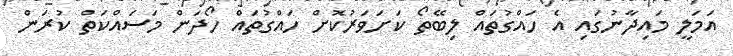
އަމަލީ މައިދާނުގައި އެ ހައްގުތައް ލިބޭތޯ ކަށަވަރުކޮށް ހައްގުތައް ހޯދަން މަސައްކަތް ކުރަން